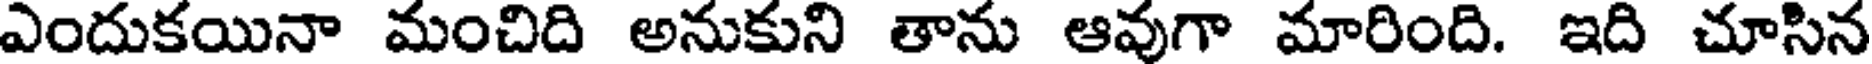
ఎందుకయినా మంచిది అనుకుని తాను ఆవుగా మారింది. ఇది చూసిన